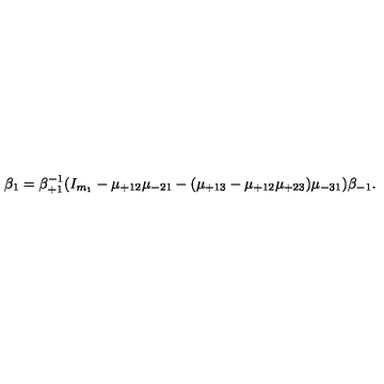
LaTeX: \beta _ { 1 } = \beta _ { + 1 } ^ { - 1 } ( I _ { m _ { 1 } } - \mu _ { + 1 2 } \mu _ { - 2 1 } - ( \mu _ { + 1 3 } - \mu _ { + 1 2 } \mu _ { + 2 3 } ) \mu _ { - 3 1 } ) \beta _ { - 1 } .